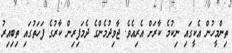
ތިންމީހުން އެކީގައި ނިކުމެ ކާރަށް އެރިއެވެ. ޖާވިދުމެންގެ ދެމަފިރިން ކާރުގެ ފަހަތުގައި ތިބިއިރު